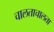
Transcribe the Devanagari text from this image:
चालताचालता